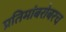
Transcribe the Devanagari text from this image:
प्रतिमांबरोबरच